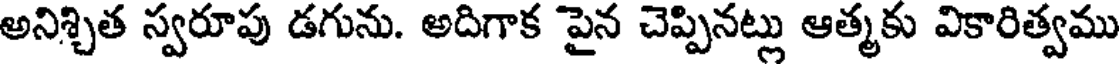
అనిశ్చిత స్వరూపు డగును. అదిగాక పైన చెప్పినట్లు ఆత్మకు వికారిత్వము